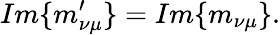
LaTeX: Im\{ m_{\nu\mu}^{\prime}\} =Im\{ m_{\nu\mu}\} .